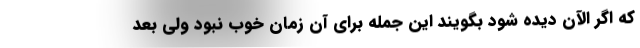
که اگر الآن دیده شود بگویند این جمله برای آن زمان خوب نبود ولی بعد